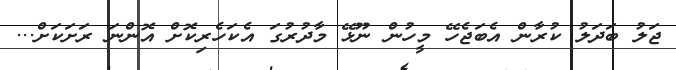
ޖަލު ބަދަލު ކުރާން އެބަޖެހޭ މީހުން ނޫޅޭ މާދުރުގަ އެކަހެރިކޮށް އޮންނަ ރަށަކަށް...